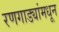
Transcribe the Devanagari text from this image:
रणगाड्यांमधून